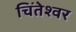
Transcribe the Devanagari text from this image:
चिंतेश्वर